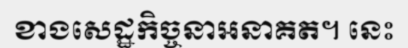
ខាងសេដ្ឋកិច្ចនាអនាគត។ នេះ